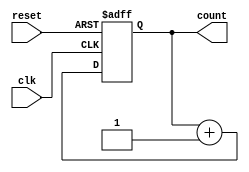
module cascaded_counter #(parameter N = 4) (
    input wire clk,          // Clock signal
    input wire reset,        // Asynchronous reset signal
    output wire [N-1:0] count // Current count output
);

    // Internal flip-flops for the counter
    reg [N-1:0] counter_reg;

    // Assign the counter register to the output
    assign count = counter_reg;

    // Always block for the counter logic
    always @(posedge clk or posedge reset) begin
        if (reset) begin
            counter_reg <= 0; // Reset the counter to 0
        end else begin
            counter_reg <= counter_reg + 1; // Increment the counter
        end
    end

endmodule